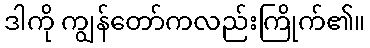
ဒါကို ကျွန်တော်ကလည်းကြိုက်၏။